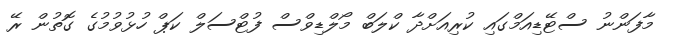
މާފަންނު ސްޓޭޑިއަމްގައި ކުރިއަށްދާ ކްލަބް މޯލްޑިވްސް ފުޓްސަލް ކަޕް ހުޅުވުމުގެ ގޮތުން ރޭ